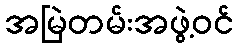
အမြဲတမ်းအဖွဲ့ဝင်